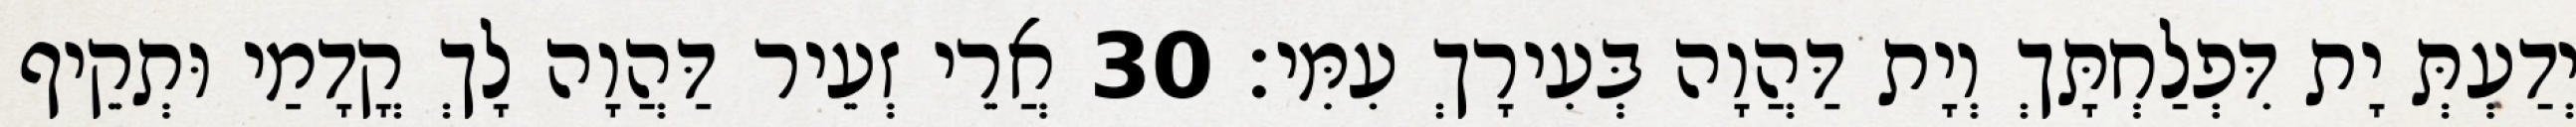
יְדַעְתְּ יָת דִּפְלַחְתָּךְ וְיָת דַּהֲוָה בְּעִירָךְ עִמִּי׃ 30 אֲרֵי זְעֵיר דַּהֲוָה לָךְ קֳדָמַי וּתְקֵיף